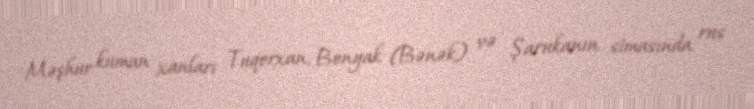
Məşhur kuman xanları Tuqorxan, Bonyak (Bənək) və Şarukanın simasında rus